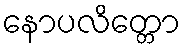
နောပလိတ္တော